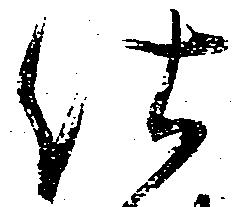
仕